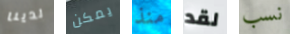
لدينا يمكن منذ لقد نسب